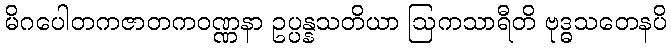
မိဂပေါတကဇာတကဝဏ္ဏနာ ဥပ္ပန္နသတိယာ ဩကသာရီတိ ဗုဒ္ဓသတေနပိ